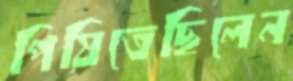
পিষিতেছিলেন